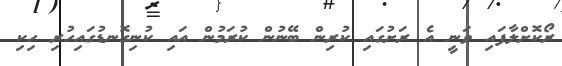
ރޯކޮށްލާފައި ވަނީ އެ ރަށުގައި ކުރިން ބޭނުން ކުރަމުން އައި ކުނިގޮނޑުގައިހުރި ހިކި